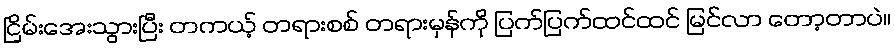
ငြိမ်းအေးသွားပြီး တကယ့် တရားစစ် တရားမှန်ကို ပြက်ပြက်ထင်ထင် မြင်လာ တော့တာပဲ။